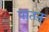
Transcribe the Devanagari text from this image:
पातन